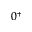
0 ^ { + }